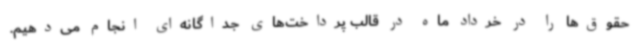
حقوق‌ها را در خرداد ماه در قالب پرداخت‌های جداگانه‌ای انجام می‌دهیم.